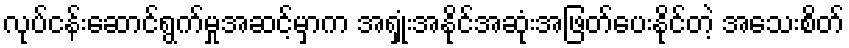
လုပ်ငန်းဆောင်ရွက်မှုအဆင့်မှာက အရှုံးအနိုင်အဆုံးအဖြတ်ပေးနိုင်တဲ့ အသေးစိတ်